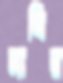
মাথির